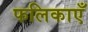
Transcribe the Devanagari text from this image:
फलिकाएँ